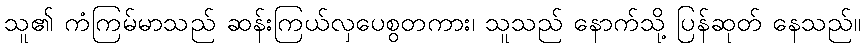
သူ၏ ကံကြမ်မာသည် ဆန်းကြယ်လှပေစွတကား၊ သူသည် နောက်သို့ ပြန်ဆုတ် နေသည်။